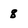
Character: 8